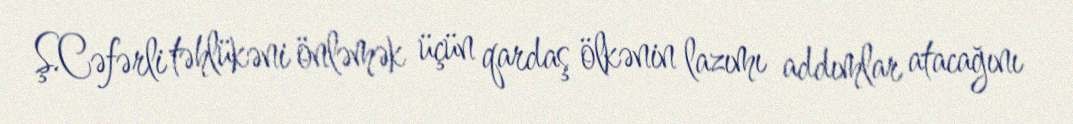
Ş.Cəfərli təhlükəni önləmək üçün qardaş ölkənin lazımı addımlar atacağını